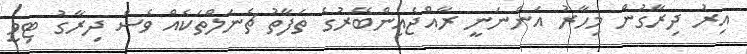
އިރު ދިރާގުން މިހާރު އަންނަނީ ރާއްޖެއިންބޭރުގެ ތަފާތު ޗެނަލްތަކެއް ވެސް ދިރާގު ޓިވީ